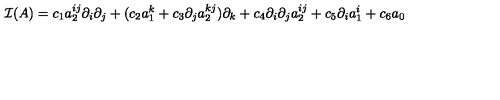
{ \cal I } ( A ) = c _ { 1 } a _ { 2 } ^ { i j } \partial _ { i } \partial _ { j } + ( c _ { 2 } a _ { 1 } ^ { k } + c _ { 3 } \partial _ { j } a _ { 2 } ^ { k j } ) \partial _ { k } + c _ { 4 } \partial _ { i } \partial _ { j } a _ { 2 } ^ { i j } + c _ { 5 } \partial _ { i } a _ { 1 } ^ { i } + c _ { 6 } a _ { 0 }